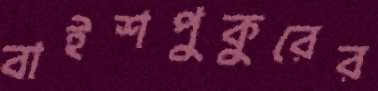
বাইশপুকুরের